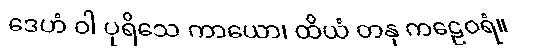
ဒေဟံ ဝါ ပုရိသေ ကာယော၊ ထိယံ တနု ကဠေဝရံ။